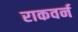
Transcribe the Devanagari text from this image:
राकवर्न